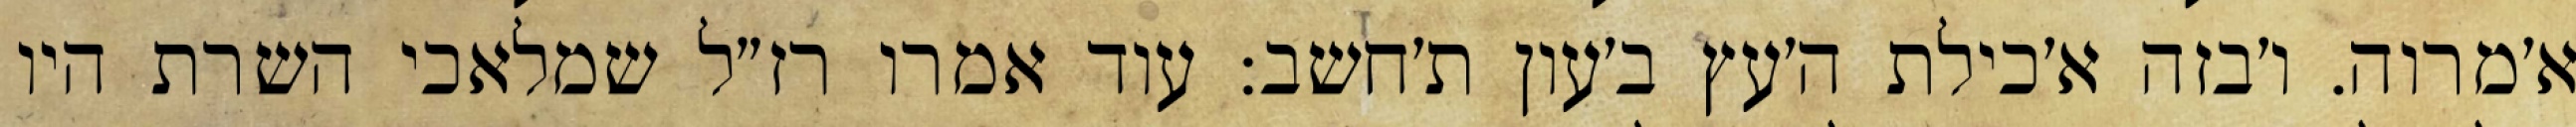
א׳מרוה. ו׳בזה א׳כילת ה׳עץ ב׳עון ת׳חשב: עוד אמרו רז״ל שמלאכי השרת היו